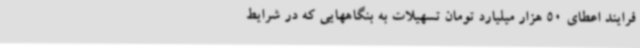
فرایند اعطای 50 هزار میلیارد تومان تسهیلات به بنگاههایی که در شرایط